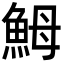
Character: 𩶋